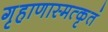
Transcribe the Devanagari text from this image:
गृहाणास्मत्कृतं